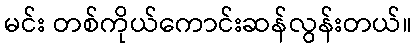
မင်း တစ်ကိုယ်ကောင်းဆန်လွန်းတယ်။